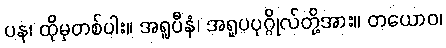
ပန၊ ထိုမှတစ်ပါး။ အရူပီနံ၊ အရူပပုဂ္ဂိုလ်တို့အား။ တယောဝ၊